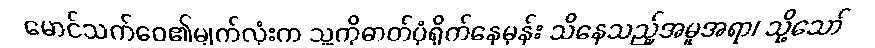
မောင်သက်ဝေ၏မျက်လုံးက သူ့ကိုဓာတ်ပုံရိုက်နေမှန်း သိနေသည့်အမူအရာ၊ သို့သော်